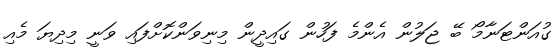
ގުއަންޓަނާމޯ ބޭ ޖަލުން އެންމެ ފަހުން ގައިދީން މިނިވަންކޮށްފައި ވަނީ މިދިޔަ މެއި